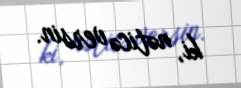
ki, nəticə versin.